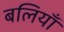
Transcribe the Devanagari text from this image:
बलियाँ